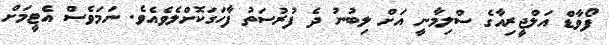
ފޯވާޑް އަލްޖީރިއާގެ ސްލިމާނީ އަށް ލިބުނު ދެ ފުރުސަތު ފާހަގަކޮށްލެވެއެވެ. ނަމަވެސް އެޓީމަށް